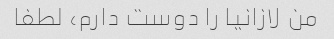
من لازانیا را دوست دارم، لطفا